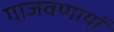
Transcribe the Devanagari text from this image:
गाजवणार्या